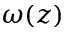
\omega ( z )